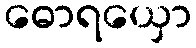
ဓောရယှော